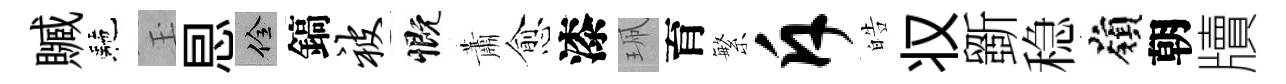
贓駰玉㤙佺鎬被慨蕭愈漆珮育繁斥皓𠬧斵稳嶺朝牘